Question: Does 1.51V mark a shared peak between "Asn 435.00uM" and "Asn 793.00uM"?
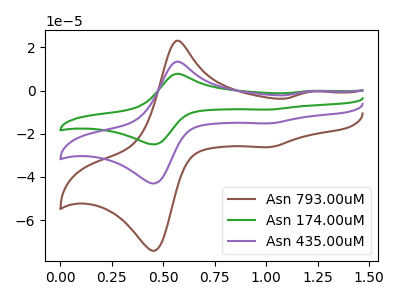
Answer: <think>The brown curve "Asn 793.00uM" has anodic peaks at (0.55V, 22.95uA) (1.20V, -0.55uA) and cathodic peaks at (0.45V, -73.55uA) (1.00V, -26.20uA). The green curve "Asn 174.00uM" has anodic peaks at (0.55V, 26.60uA) (1.20V, -0.60uA) and cathodic peaks at (0.45V, -85.30uA) (1.00V, -30.40uA). The purple curve "Asn 435.00uM" has anodic peaks at (0.55V, 13.30uA) (1.20V, -0.30uA) and cathodic peaks at (0.45V, -42.65uA) (1.00V, -15.20uA).</think>
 <answer>No, "Asn 435.00uM" and "Asn 793.00uM" dont share a peak at 1.51V.</answer>
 <eval>mismatch</eval>